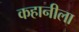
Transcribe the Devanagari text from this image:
कहानीला